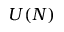
U ( N )